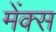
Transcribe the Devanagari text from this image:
मेंक्स